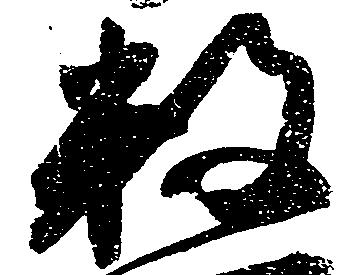
数